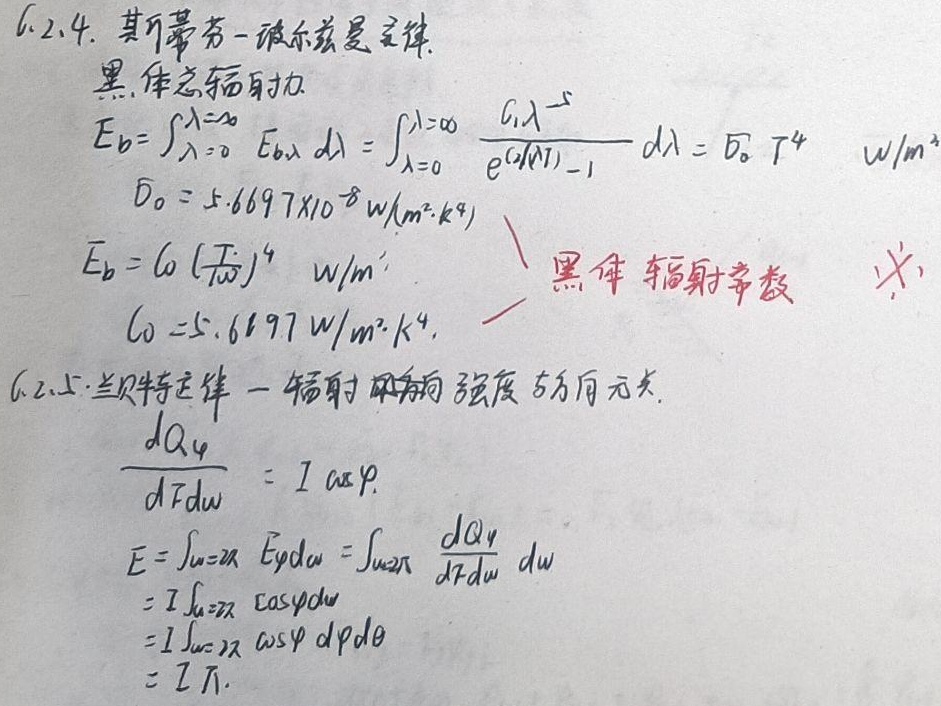
6.2.4. 基尔霍夫 - 玻尔兹曼定律。黑体总辐射力
\(E_{b}=\int_{\lambda = 0}^{\lambda=\infty} E_{b\lambda}d\lambda=\int_{\lambda = 0}^{\lambda=\infty} \frac{C_{1}\lambda^{-5}}{e^{(C_{2}/\lambda T)}-1}d\lambda = \sigma_{0}T^{4}\ \  \text{W/m}^2\)
\(\sigma_{0}=5.6697\times10^{-8}\text{W}/(\text{m}^2\cdot \text{K}^4)\)
\(E_{b}=C_{0}(\frac{T}{100})^{4}\  \text{W/m}^2\) ，黑体辐射常数 \(C_{0}=5.6697\text{W}/(\text{m}^2\cdot \text{K}^4)\)

6.2.5.兰贝特定律 — 辐射强度与方向无关。
\(\frac{dQ_{\varphi}}{dFd\omega}=I\cos\varphi\)

\(\begin{align*}
E&=\int_{\omega = 2\pi} E_{\varphi}d\omega=\int_{\omega = 2\pi}\frac{dQ_{\varphi}}{dFd\omega}d\omega\\
&=I\int_{\omega = 2\pi} E\cos\varphi d\omega\\
&=I\int_{\omega = 2\pi}\cos\varphi d\varphi d\theta\\
&=I\pi
\end{align*}\)